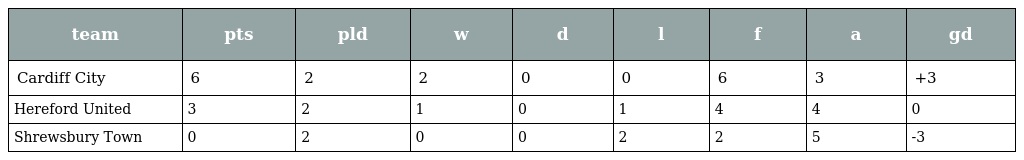
| team | pts | pld | w | d | l | f | a | gd |
 | --- | --- | --- | --- | --- | --- | --- | --- | --- |
 | Cardiff City | 6 | 2 | 2 | 0 | 0 | 6 | 3 | +3 |
 | Hereford United | 3 | 2 | 1 | 0 | 1 | 4 | 4 | 0 |
 | Shrewsbury Town | 0 | 2 | 0 | 0 | 2 | 2 | 5 | -3 |